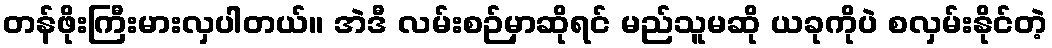
တန်ဖိုးကြီးမားလှပါတယ်။ အဲဒီ လမ်းစဉ်မှာဆိုရင် မည်သူမဆို ယခုကိုပဲ စလှမ်းနိုင်တဲ့